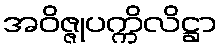
အဝိဇ္ဇုပက္ကိလိဋ္ဌာ